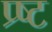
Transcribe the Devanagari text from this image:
प्र्ष्ट